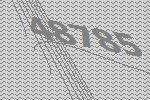
48785